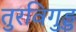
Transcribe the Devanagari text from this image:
तुरविगुड्ड